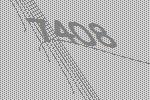
7408